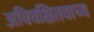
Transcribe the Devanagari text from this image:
अविवक्षितवाच्य